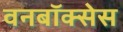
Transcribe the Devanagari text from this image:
वनबॉक्सेस